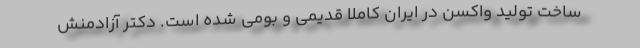
ساخت تولید واکسن در ایران کاملا قدیمی و بومی شده است. دکتر آزادمنش